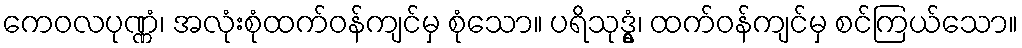
ကေဝလပုဏ္ဏံ၊ အလုံးစုံထက်ဝန်ကျင်မှ စုံသော။ ပရိသုဒ္ဓွံ၊ ထက်ဝန်ကျင်မှ စင်ကြယ်သော။